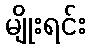
မျိုးရင်း